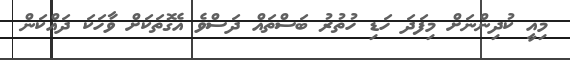
މިއީ ކުދިންނަށް މިފަދަ ހަޑި ހުތުރު ބަސްތައް ދަސްވެ އެގޮތަކަށް ވާހަކަ ދައްކަން